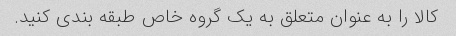
کالا را به عنوان متعلق به یک گروه خاص طبقه بندی کنید.